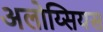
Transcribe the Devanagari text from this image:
अलोय्सियस